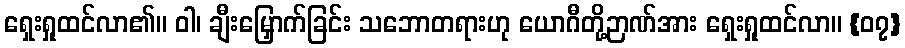
ရှေးရှုထင်လာ၏။ ဝါ၊ ချီးမြှောက်ခြင်း သဘောတရားဟု ယောဂီတို့ဉာဏ်အား ရှေးရှုထင်လာ။ {၀၇}